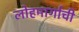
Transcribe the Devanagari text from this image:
लोहमार्गाची